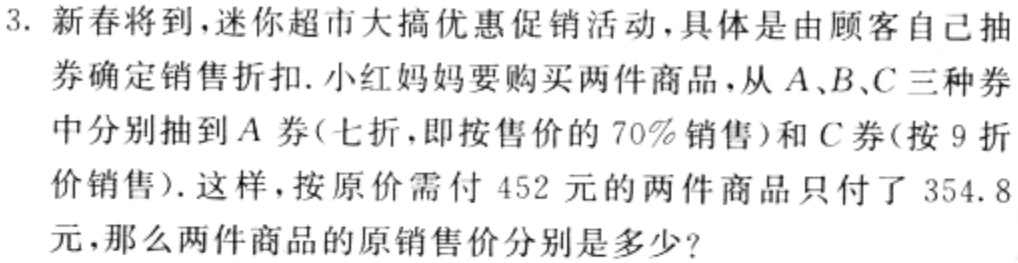
3. 新春将到，迷你超市大搞优惠促销活动，具体是由顾客自己抽券确定销售折扣. 小红妈妈要购买两件商品，从\(A、B、C\)三种券中分别抽到\(A\)券(七折，即按售价的\(70\%\)销售)和\(C\)券(按\(9\)折价销售). 这样，按原价需付\(452\)元的两件商品只付了\(354.8\)元，那么两件商品的原销售价分别是多少?